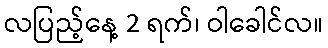
လပြည့်နေ့ 2 ရက်၊ ဝါခေါင်လ။